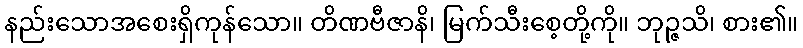
နည်းသောအစေးရှိကုန်သော။ တိဏဗီဇာနိ၊ မြက်သီးစေ့တို့ကို။ ဘုဉ္ဇသိ၊ စား၏။